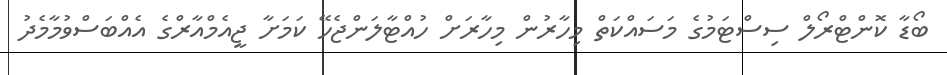
ބޯޑާ ކޮންޓްރޯލް ސިސްޓަމުގެ މަސައްކަތް މިހާރުން މިހާރަށް ހުއްޓާލަންޖެހޭ ކަމަށާ ޖީއެމްއާރްގެ އެއްބަސްވުމާމެދު